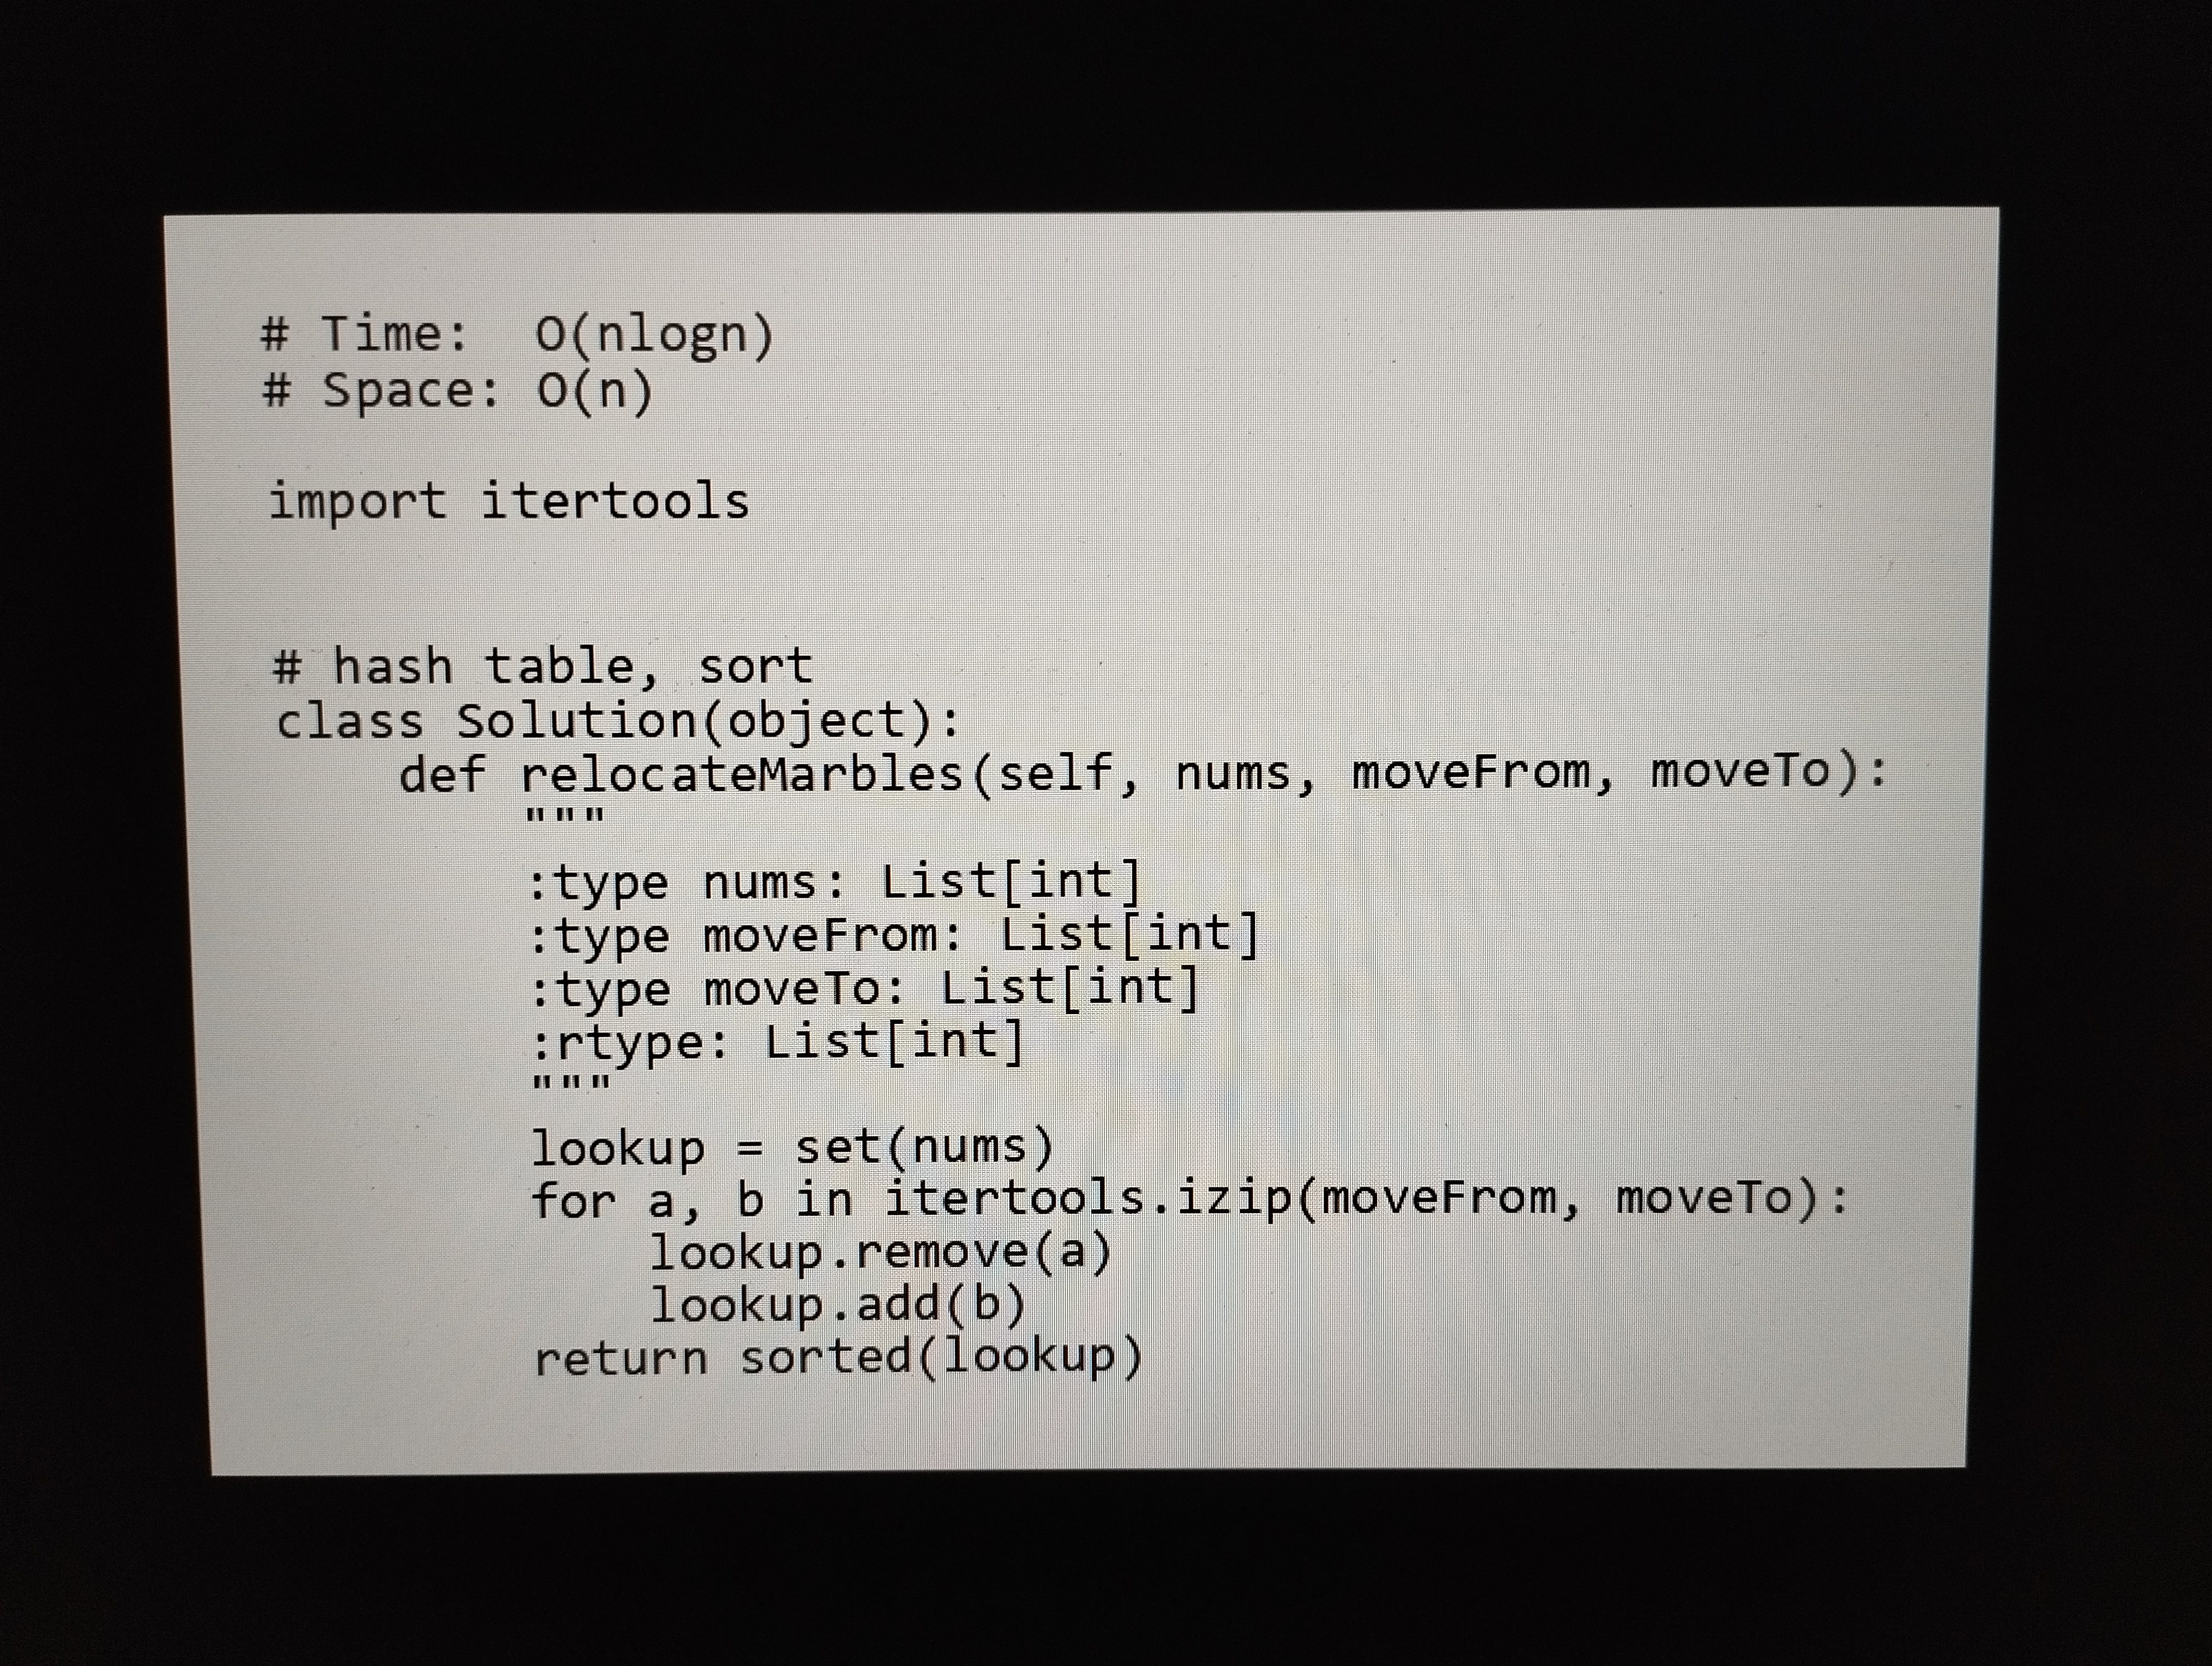
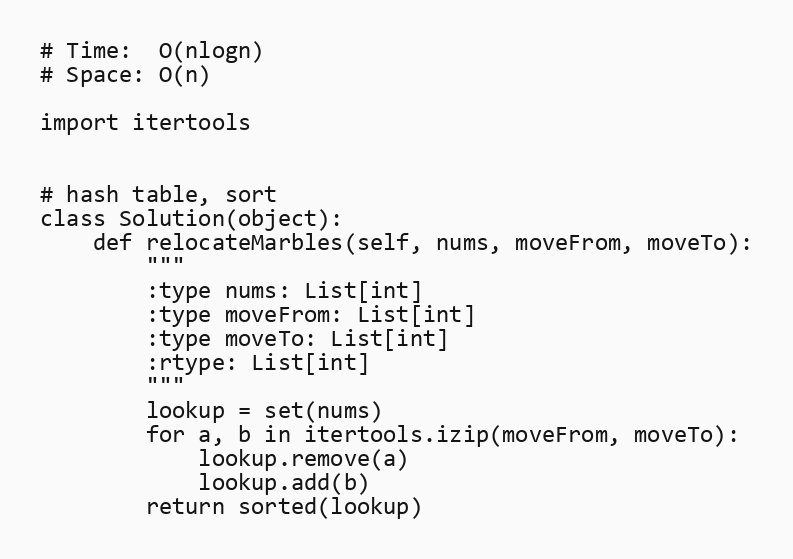
# Time:  O(nlogn)
# Space: O(n)

import itertools

# hash table, sort
class Solution(object):
    def relocateMarbles(self, nums, moveFrom, moveTo):
        """
        :type nums: List[int]
        :type moveFrom: List[int]
        :type moveTo: List[int]
        :rtype: List[int]
        """
        lookup = set(nums)
        for a, b in itertools.izip(moveFrom, moveTo):
            lookup.remove(a)
            lookup.add(b)
        return sorted(lookup)